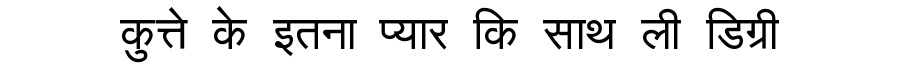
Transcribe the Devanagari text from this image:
कुत्ते के इतना प्यार कि साथ ली डिग्री